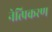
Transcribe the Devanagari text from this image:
नेत्त्प्रिकरण